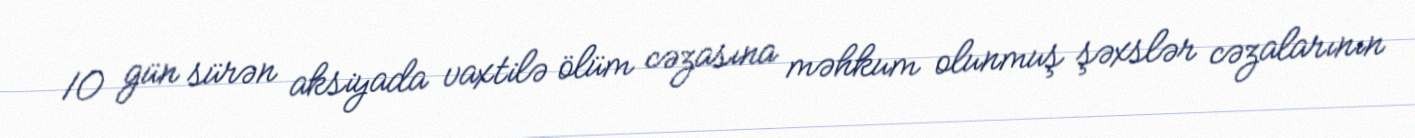
10 gün sürən aksiyada vaxtilə ölüm cəzasına məhkum olunmuş şəxslər cəzalarının